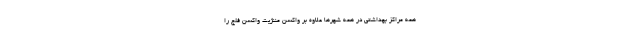
همه مراکز بهداشتی در همه شهرها علاوه بر واکسن مننژیت واکسن فلج را